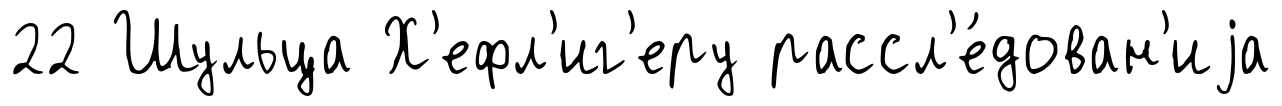
22 Шульца Х'ефл'иг'еру рассл'е́дован'иjа